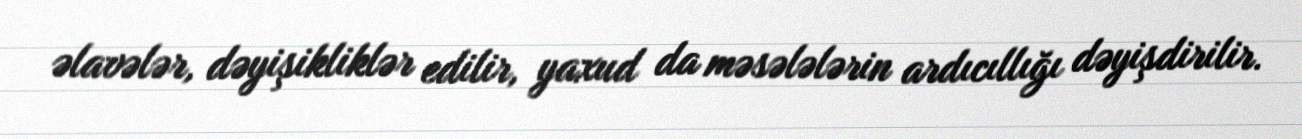
əlavələr, dəyişikliklər edilir, yaxud da məsələlərin ardıcıllığı dəyişdirilir.